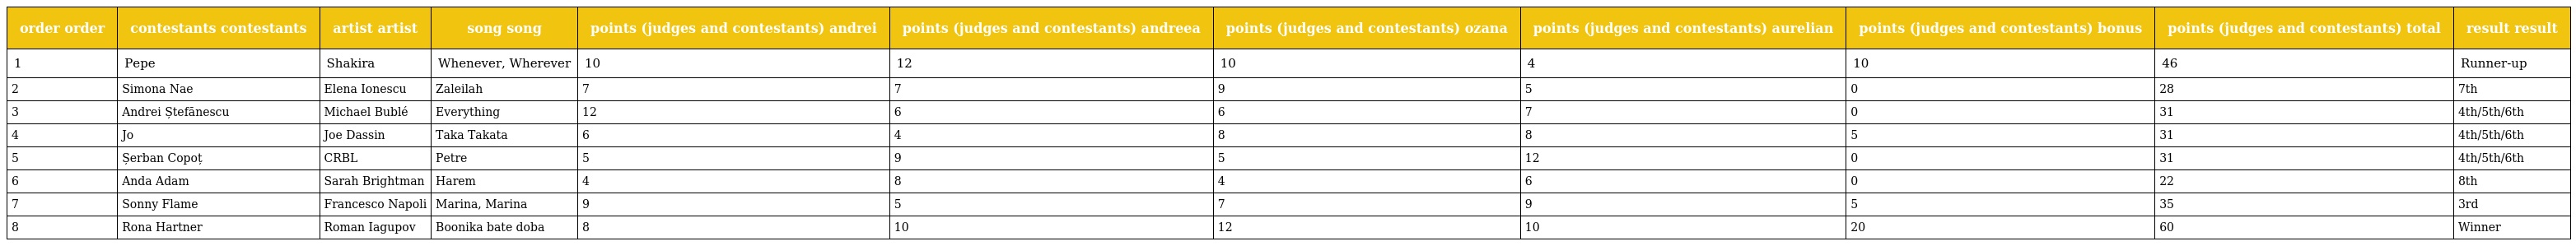
| order order | contestants contestants | artist artist | song song | points (judges and contestants) andrei | points (judges and contestants) andreea | points (judges and contestants) ozana | points (judges and contestants) aurelian | points (judges and contestants) bonus | points (judges and contestants) total | result result |
 | --- | --- | --- | --- | --- | --- | --- | --- | --- | --- | --- |
 | 1 | Pepe | Shakira | Whenever, Wherever | 10 | 12 | 10 | 4 | 10 | 46 | Runner-up |
 | 2 | Simona Nae | Elena Ionescu | Zaleilah | 7 | 7 | 9 | 5 | 0 | 28 | 7th |
 | 3 | Andrei Ștefănescu | Michael Bublé | Everything | 12 | 6 | 6 | 7 | 0 | 31 | 4th/5th/6th |
 | 4 | Jo | Joe Dassin | Taka Takata | 6 | 4 | 8 | 8 | 5 | 31 | 4th/5th/6th |
 | 5 | Șerban Copoț | CRBL | Petre | 5 | 9 | 5 | 12 | 0 | 31 | 4th/5th/6th |
 | 6 | Anda Adam | Sarah Brightman | Harem | 4 | 8 | 4 | 6 | 0 | 22 | 8th |
 | 7 | Sonny Flame | Francesco Napoli | Marina, Marina | 9 | 5 | 7 | 9 | 5 | 35 | 3rd |
 | 8 | Rona Hartner | Roman Iagupov | Boonika bate doba | 8 | 10 | 12 | 10 | 20 | 60 | Winner |